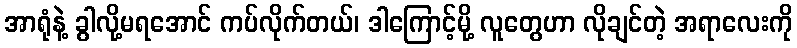
အာရုံနဲ့ ခွါလို့မရအောင် ကပ်လိုက်တယ်၊ ဒါကြောင့်မို့ လူတွေဟာ လိုချင်တဲ့ အရာလေးကို